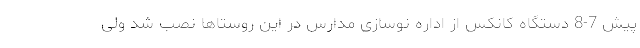
پیش 7-8 دستگاه کانکس از اداره نوسازی مدارس در این روستاها نصب شد ولی